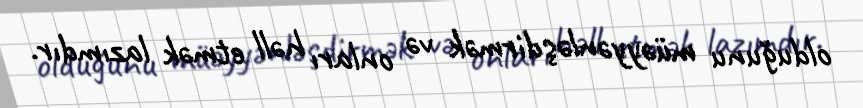
olduğunu müəyyənləşdirmək və onları həll etmək lazımdır.